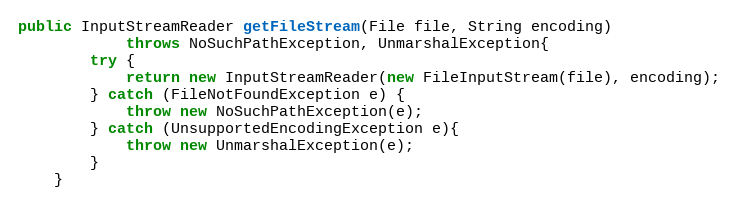
Language: Java
public InputStreamReader getFileStream(File file, String encoding)
			throws NoSuchPathException, UnmarshalException{
		try {
			return new InputStreamReader(new FileInputStream(file), encoding);
		} catch (FileNotFoundException e) {
			throw new NoSuchPathException(e);
		} catch (UnsupportedEncodingException e){
			throw new UnmarshalException(e);
		}
	}